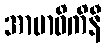
အာဗာဓိကိနီ